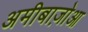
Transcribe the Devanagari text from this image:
अमीबाज़ोआ